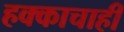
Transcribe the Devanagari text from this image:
हक्काचाही